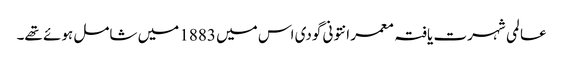
عا لمی شہرت یافتہ معمر انتونی گودی اس میں 1883 میں شامل ہوئے تھے۔